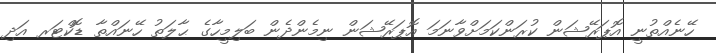
ހޭނެއްތުނީ އޮޕަރޭޝަން ކުރަންކަމަށްވާނަމަ އޮޕަރޭޝަން ނިމެންދެން ބަލިމީހާގެ ޙާލަތު ހޭނައްތާ ޑޮކްޓަރ އަދި